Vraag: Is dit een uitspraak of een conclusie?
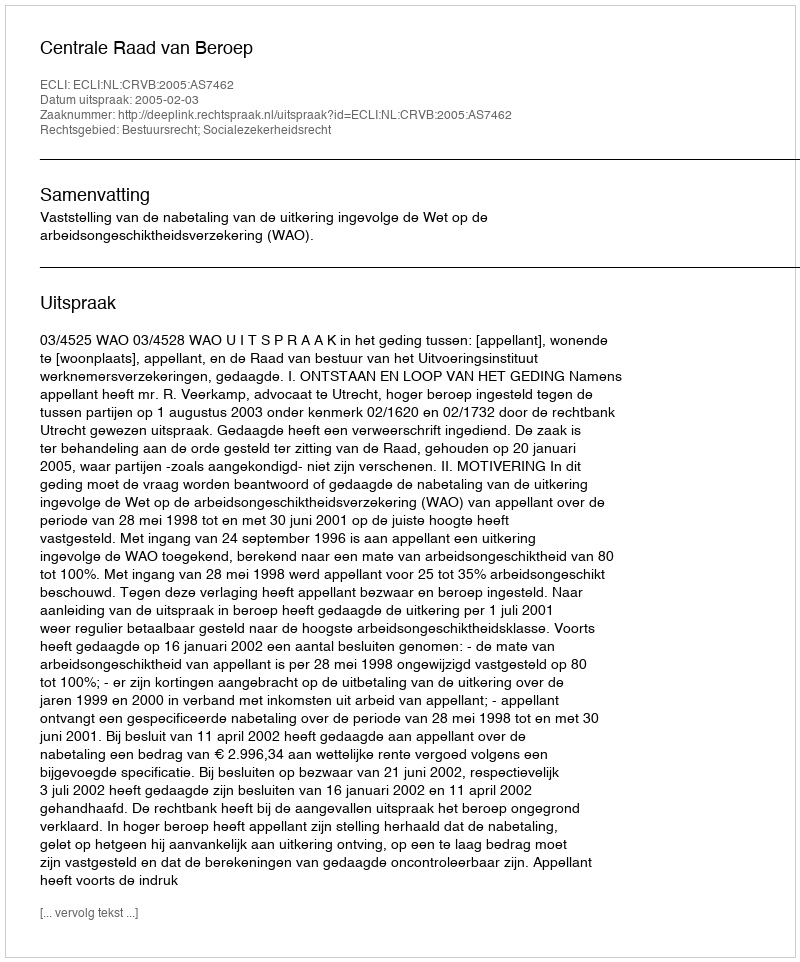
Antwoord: Uitspraak